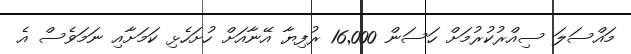
މައްސަލަ ސިއްރުކުރުމަށް ހަސަން 16